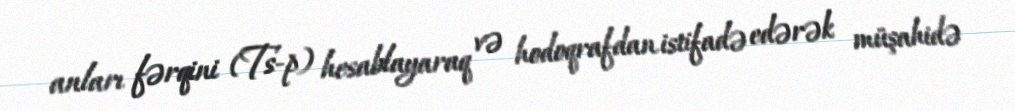
anları fərqini (Ts-p) hesablayaraq və hodoqrafdan istifadə edərək müşahidə